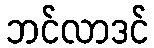
ဘင်လာဒင်